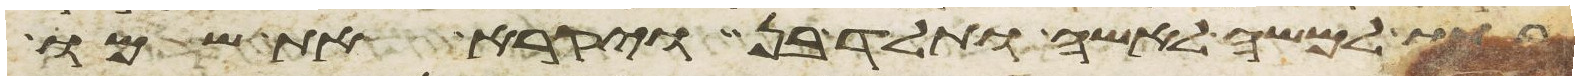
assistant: בתו למשה לאשה ותלד בן ויקרא את שמו